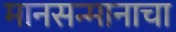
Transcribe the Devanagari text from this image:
मानसन्मानाचा